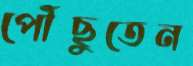
পৌঁছুতেন